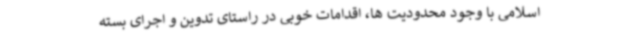
اسلامی با وجود محدودیت ها، اقدامات خوبی در راستای تدوین و اجرای بسته